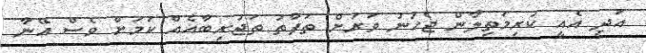
އަދި އެއީ ކުރިމަތިލާން ޖެހުނު ވަރަށް ތަފާތު ތަޖުރިބާއެއް ކަމަށް ވެސް އޭނާ